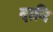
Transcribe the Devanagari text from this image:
दानि